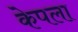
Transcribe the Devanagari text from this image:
केपला